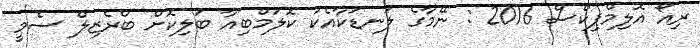
ރިއޯ އޮލިމްޕިކްސް 2016 : ނޭމާގެ ލަނޑަކާއެކު ކޮލަމްބިއާ ބަލިކޮށް ބްރެޒިލް ސެމީ